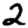
Digit: 2